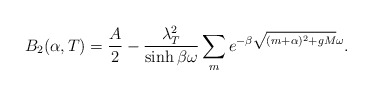
\begin{align*}B_2 (\alpha , T) = \frac{A}{2} - \frac{ \lambda_T^2}{\sinh \beta \omega}\sum_{m} e^{- \beta \sqrt{(m+ \alpha)^2 + gM} \omega}.\end{align*}